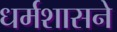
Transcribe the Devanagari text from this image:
धर्मशासने